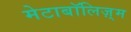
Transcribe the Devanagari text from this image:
मेटाबॉलिज़्म